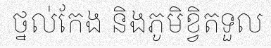
ថ្នល់កែង និងភូមិខ្វិតទួល